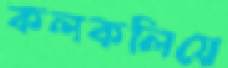
কলকলিয়ে